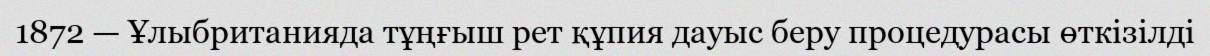
1872 — Ұлыбританияда тұңғыш рет құпия дауыс беру процедурасы өткiзiлді